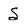
Character: S